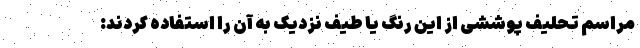
مراسم تحلیف پوششی از این رنگ یا طیف نزدیک به آن را استفاده کردند: